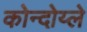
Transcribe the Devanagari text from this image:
कोन्दोय्ले